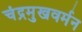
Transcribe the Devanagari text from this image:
चंद्रमुखवर्मन